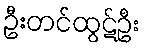
ဦးတင်ထွဋ်ဦး